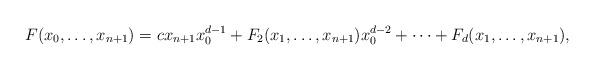
LaTeX: \begin{align*}F(x_0,\ldots, x_{n+1})=cx_{n+1}x_0^{d-1}+F_2(x_1,\ldots,x_{n+1})x_0^{d-2}+\dots +F_d(x_1,\ldots, x_{n+1}),\end{align*}